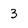
Character: 3